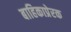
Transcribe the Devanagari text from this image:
बाहिकाप्रेरक